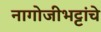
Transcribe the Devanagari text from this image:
नागोजीभट्टांचे